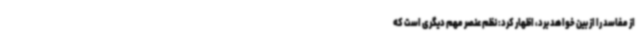
از مفاسد را از بین خواهد برد، اظهار کرد: نظم عنصر مهم دیگری است که